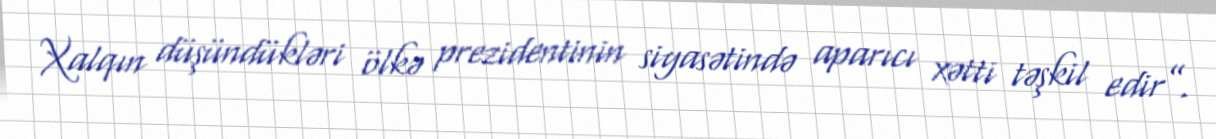
Xalqın düşündükləri ölkə prezidentinin siyasətində aparıcı xətti təşkil edir”.